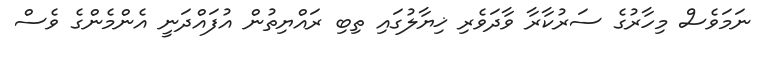
ނަމަވެސް މިހާރުގެ ސަރުކާރާ ވާދަވެރި ޚިޔާލުގައި ތިބި ރައްޔިތުން އުފައްދަނީ އެންމެންގެ ވެސް